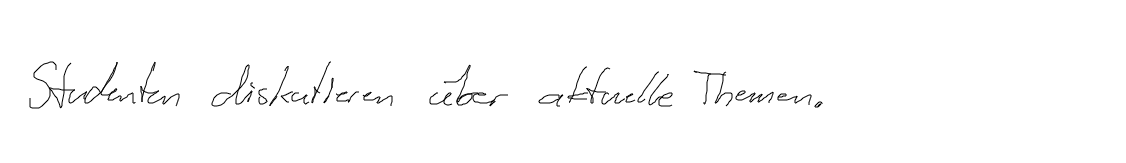
Studenten diskutieren über aktuelle Themen.